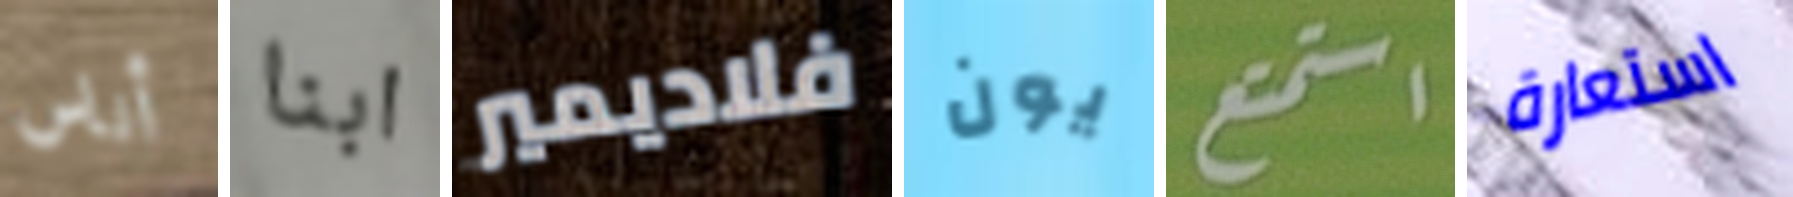
أناس ابنا فلاديمير يون استمتع استعارة